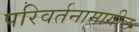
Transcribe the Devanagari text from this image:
परिवर्तनामागील